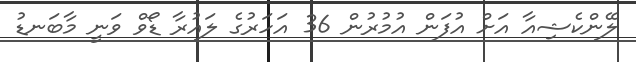
ލޭންކެޝިއާ އަށް އުފަން އުމުރުން 36 އަހަރުގެ ލައުރާ ޑޯވް ވަނީ މާބަނޑު